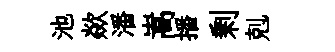
池歘潘嵩播剰剋